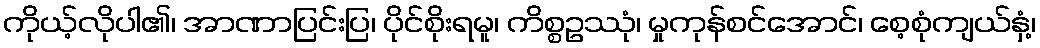
ကိုယ့်လိုပါ၏၊ အာဏာပြင်းပြ၊ ပိုင်စိုးရမူ၊ ကိစ္စဥဿုံ၊ မှုကုန်စင်အောင်၊ စေ့စုံကျယ်နှံ့၊